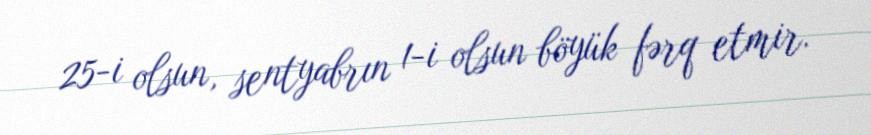
25-i olsun, sentyabrın 1-i olsun böyük fərq etmir.